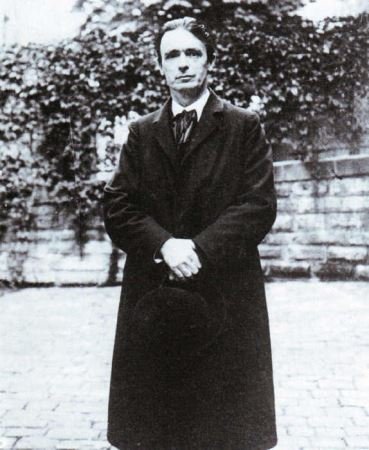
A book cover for Why Man Has High Blood Pressure - A TAZO EDITION (Health & Healing Series, SL287); Dr.Rudolf Steiner; Health, Fitness & Dieting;